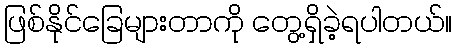
ဖြစ်နိုင်ခြေများတာကို တွေ့ရှိခဲ့ရပါတယ်။